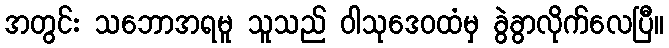
အတွင်း သဘောအရမူ သူသည် ဝါသုဒေဝထံမှ ခွဲခွာလိုက်လေပြီ။